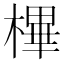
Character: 㮿